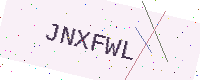
Text: JNXFWL